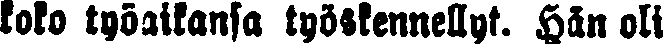
koko työaikansa työskennellyt. Hän oli